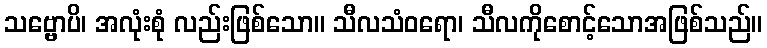
သဗ္ဗောပိ၊ အလုံးစုံ လည်းဖြစ်သော။ သီလသံဝရော၊ သီလကိုစောင့်သောအဖြစ်သည်။